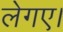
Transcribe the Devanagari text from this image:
लेगए।